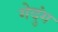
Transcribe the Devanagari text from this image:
गेदुंग